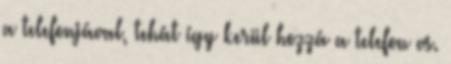
a telefonjával, tehát így kerül hozzá a telefon vs.